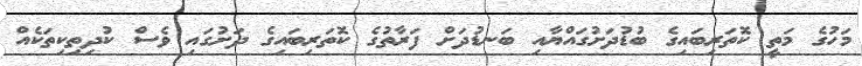
މަހުގެ މަތީ ކޮތަރިބައިގެ ބުޑުދަށުގައްޔާއި ބަނޑުދަށް ފަރާތުގެ ކޮތަރިބައިގެ ދަށުގައި ވެސް ކުދިތިކިތަކެއް